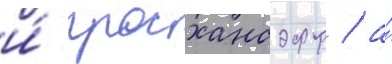
и́ гросхансдорф / а́